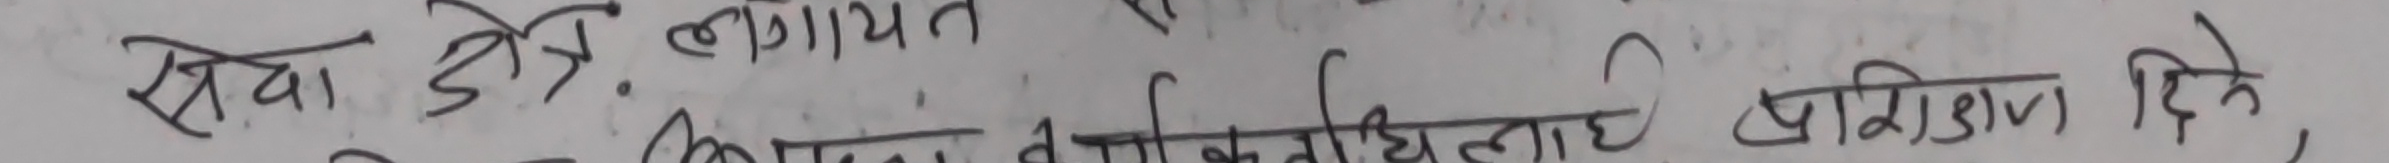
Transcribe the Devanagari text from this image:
सेवा जेनि. लागयत
कक्षा व कोकलाइ प्रशिण दिने,